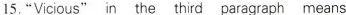
15. "Vicious" in the third paragraph means